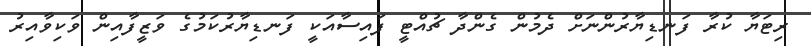
ރިޓަޔާ ކުރާ ފަނޑިޔާރުންނަށް ދެމުން ގެންދާ ޗުއްޓީ ފައިސާއަކީ ފަނޑިޔާރުކަމުގެ ވަޒީފާއިން ވަކިވާއިރު